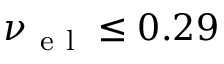
\nu _ { \mathrm { ~ e ~ l ~ } } \leq 0 . 2 9